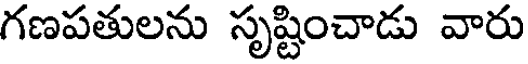
గణపతులను సృష్టించాడు వారు